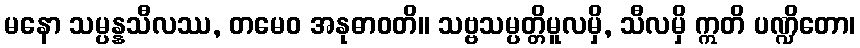
မနော သမ္ပန္နသီလဿ, တမေဝ အနုဓာဝတိ။ သဗ္ဗသမ္ပတ္တိမူလမှိ, သီလမှိ ဣတိ ပဏ္ဍိတော၊